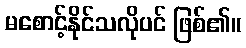
မစောင့်နိုင်သလိုပင် ဖြစ်၏။